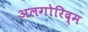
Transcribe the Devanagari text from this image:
अलगोरिद्म